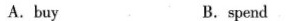
A.buy B.spend